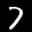
Label: 7